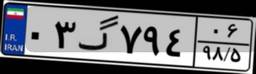
۰۳گ۷۹۴۰۶